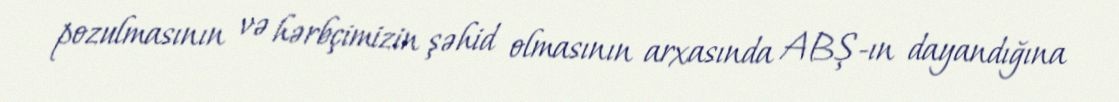
pozulmasının və hərbçimizin şəhid olmasının arxasında ABŞ-ın dayandığına